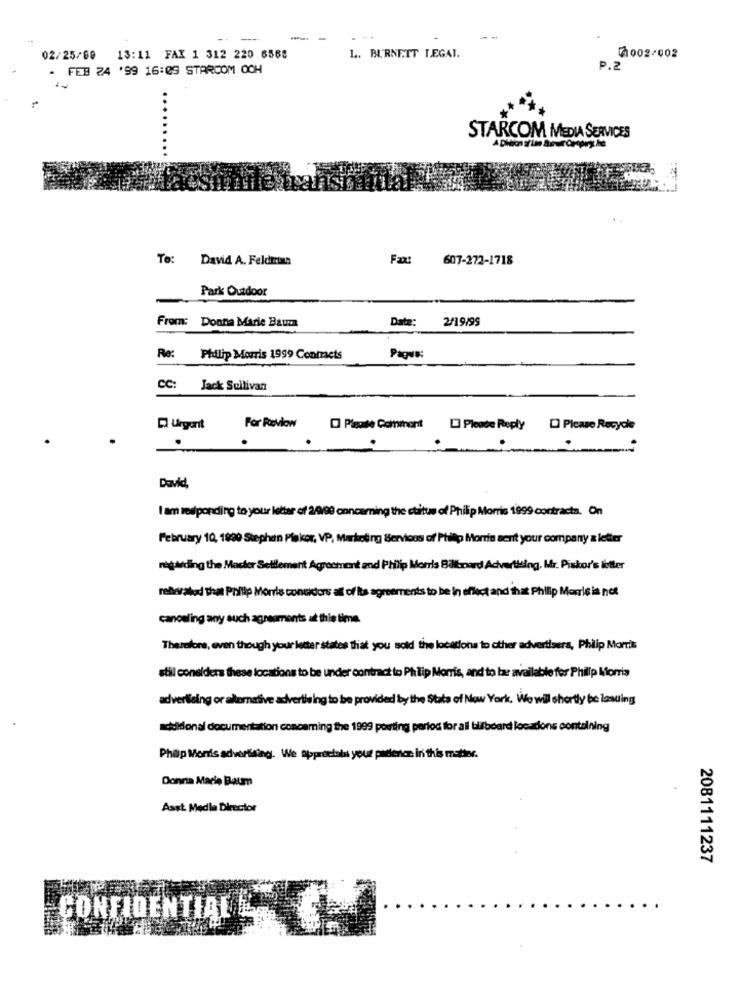
-
L. BURNETT LEGAT.
02/25/00 13:11 FAX 1 312 220 6568
2002/002
FEB 24 '99 16:09 STARCOM OOH
P.2
STARCOM MEDIA SERVICES
To: David A. Feldein
Fax: 607-272-1718
Park Outdoor
From: Donna Marie Baum
Date: 2/19/99
Re:
Philip Morris 1999 Contracts
Pague:
CC: Jack Sullivan
Urgent
For Revlow
Please Reply [ Please Recycle
David,
I am responding to your letter of 2/9/90 concerning the ctitus of Philip Morris 1999 contracts. On
February 10, 1900 Stephan Plakcor, VP. Marketing Services of Philip Morris sent your company a letter
regarding the Master Settlement Agreement and Philip Morris Billboard Advertising, Mr. Piskor's letter
referated that Philip Morris considers all of los agreements to be in effect and that Philip Morrisis not
canceling any such agreements at this time
Therefore, even though your letter states that you sold the locations to other advertisers, Philip Morris
stil considera these locations to be under contract to Philip Morris, and to lar available for Philip Morris
advertising or alomnative advertising to be provided by the Stata of New York, We wil shortly be lasuing
achildonal documentation concerning the 1999 posting period for all billboard locations containing
Philip Morris advertising. We appreetsin your presence in this matter.
Donna Marie Baum
Asst Medla Director
2081111237
CONFIDENTIAL